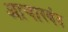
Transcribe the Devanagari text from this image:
आचारबंद